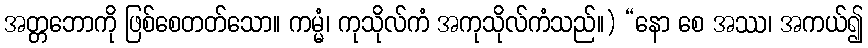
အတ္တဘောကို ဖြစ်စေတတ်သော။ ကမ္မံ၊ ကုသိုလ်ကံ အကုသိုလ်ကံသည်။) “နော စေ အဿ၊ အကယ်၍